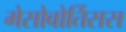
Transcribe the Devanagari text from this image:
मेसोवोर्तिसस